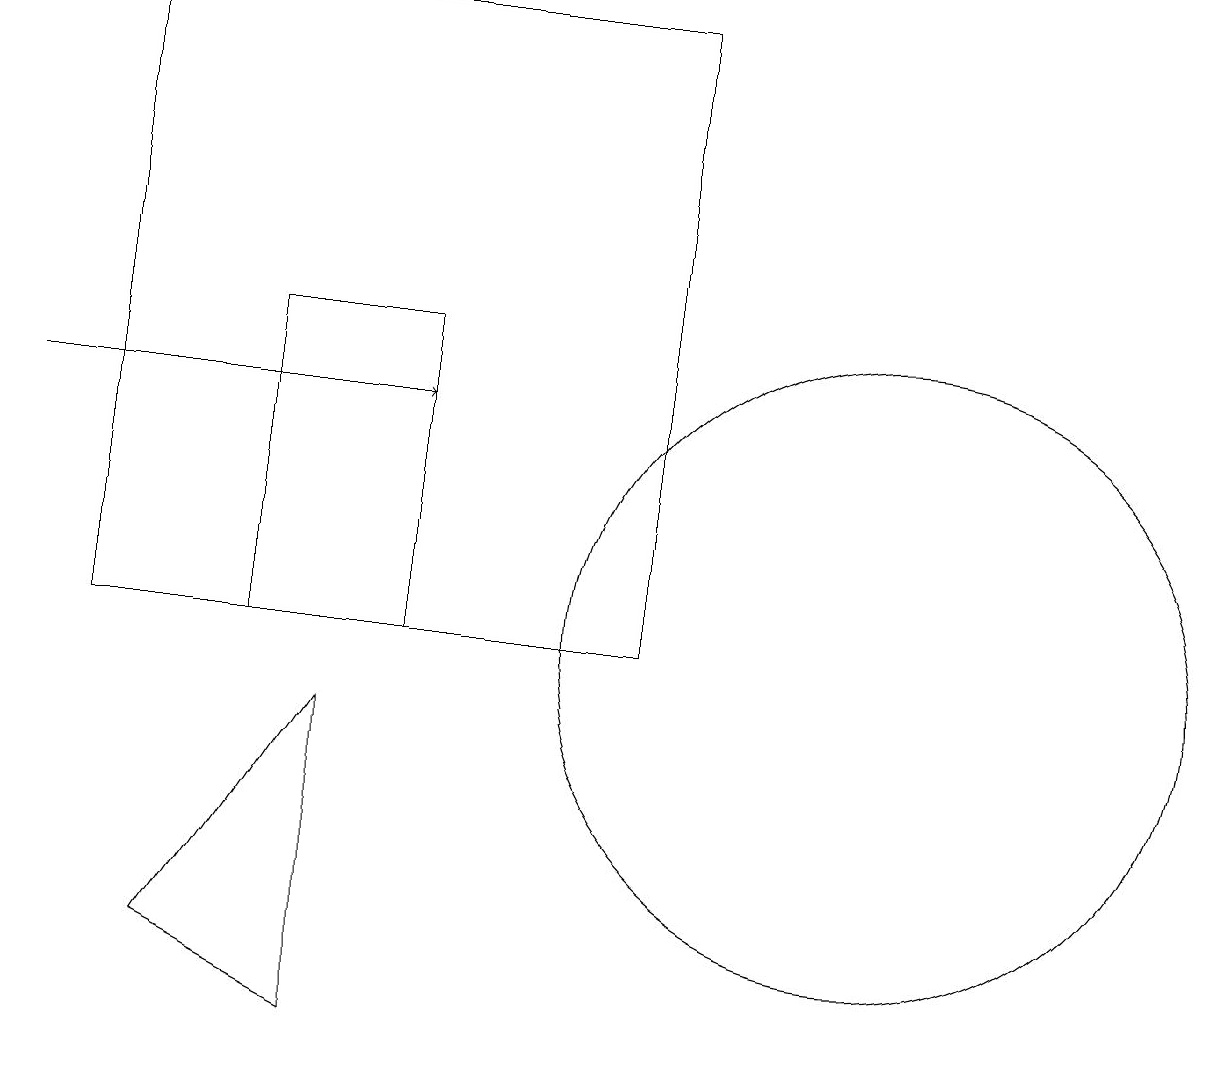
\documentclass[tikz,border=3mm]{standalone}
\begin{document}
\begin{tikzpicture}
\draw (11,10) circle (4);
\draw (8,18) rectangle (1,10);
\draw (3,10) rectangle (5,14);
\draw[->] (0,13) -- (5,13);
\draw (4,9) -- (2,6) -- (4,5) -- cycle;
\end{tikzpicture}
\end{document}